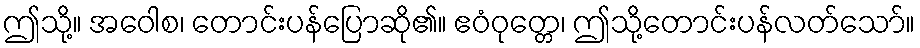
ဤသို့။ အဝေါစ၊ တောင်းပန်ပြောဆို၏။ ဧဝံဝုတ္တေ၊ ဤသို့တောင်းပန်လတ်သော်။